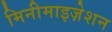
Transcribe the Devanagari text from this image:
मिनीमाइज़ेशन